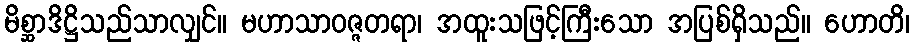
မိစ္ဆာဒိဋ္ဌိသည်သာလျှင်။ မဟာသာဝဇ္ဇတရာ၊ အထူးသဖြင့်ကြီးသော အပြစ်ရှိသည်။ ဟောတိ၊